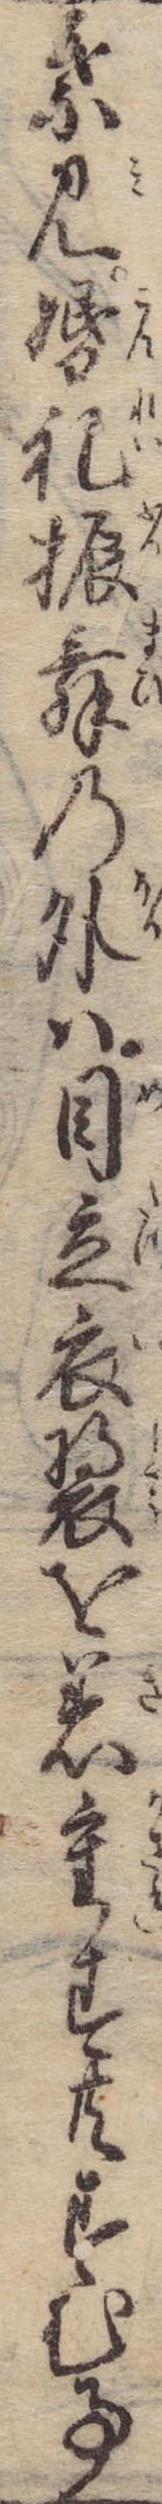
葉見婚礼振舞の外は目立衣装を着重ず共すむ事